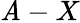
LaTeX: \mathit{A}-X